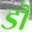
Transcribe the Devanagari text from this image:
डॊ